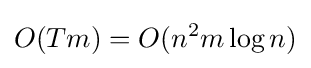
O(Tm)=O(n^{2}m\log n)